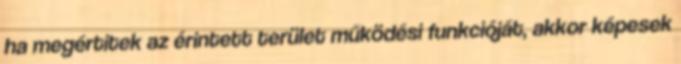
ha megértitek az érintett terület működési funkcióját, akkor képesek